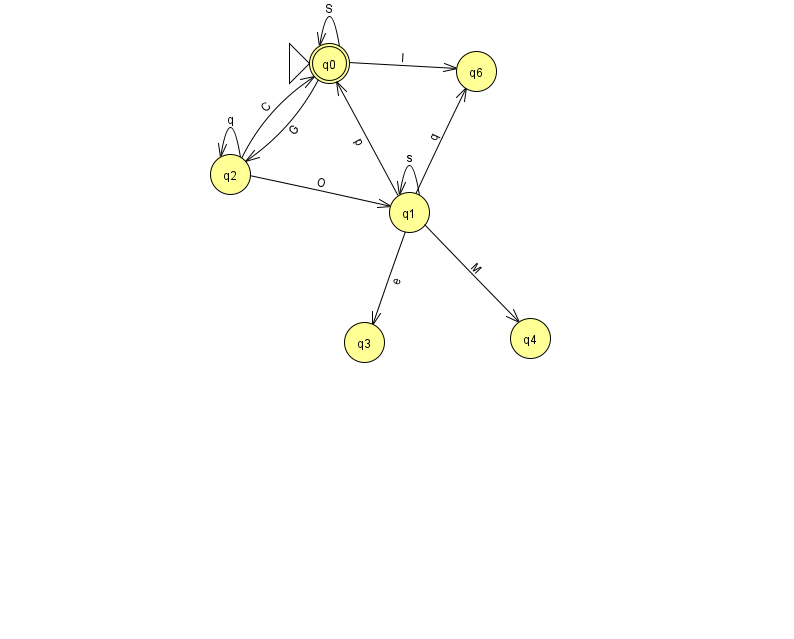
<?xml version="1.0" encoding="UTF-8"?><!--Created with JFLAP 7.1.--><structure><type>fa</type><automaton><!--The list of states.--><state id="0" name="q0"><x>329.0</x><y>50.0</y><initial/><final/></state><state id="1" name="q1"><x>409.0</x><y>199.0</y></state><state id="2" name="q2"><x>230.0</x><y>161.0</y></state><state id="3" name="q3"><x>364.0</x><y>329.0</y></state><state id="4" name="q4"><x>530.0</x><y>325.0</y></state><state id="6" name="q6"><x>476.0</x><y>58.0</y></state><!--The list of transitions.--><transition><from>1</from><to>3</to><read>e</read></transition><transition><from>1</from><to>4</to><read>M</read></transition><transition><from>2</from><to>2</to><read>q</read></transition><transition><from>1</from><to>6</to><read>q</read></transition><transition><from>0</from><to>0</to><read>S</read></transition><transition><from>1</from><to>1</to><read>s</read></transition><transition><from>2</from><to>1</to><read>O</read></transition><transition><from>1</from><to>0</to><read>p</read></transition><transition><from>0</from><to>6</to><read>l</read></transition><transition><from>0</from><to>2</to><read>G</read></transition><transition><from>2</from><to>0</to><read>C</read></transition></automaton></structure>